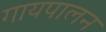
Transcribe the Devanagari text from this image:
गायपालन